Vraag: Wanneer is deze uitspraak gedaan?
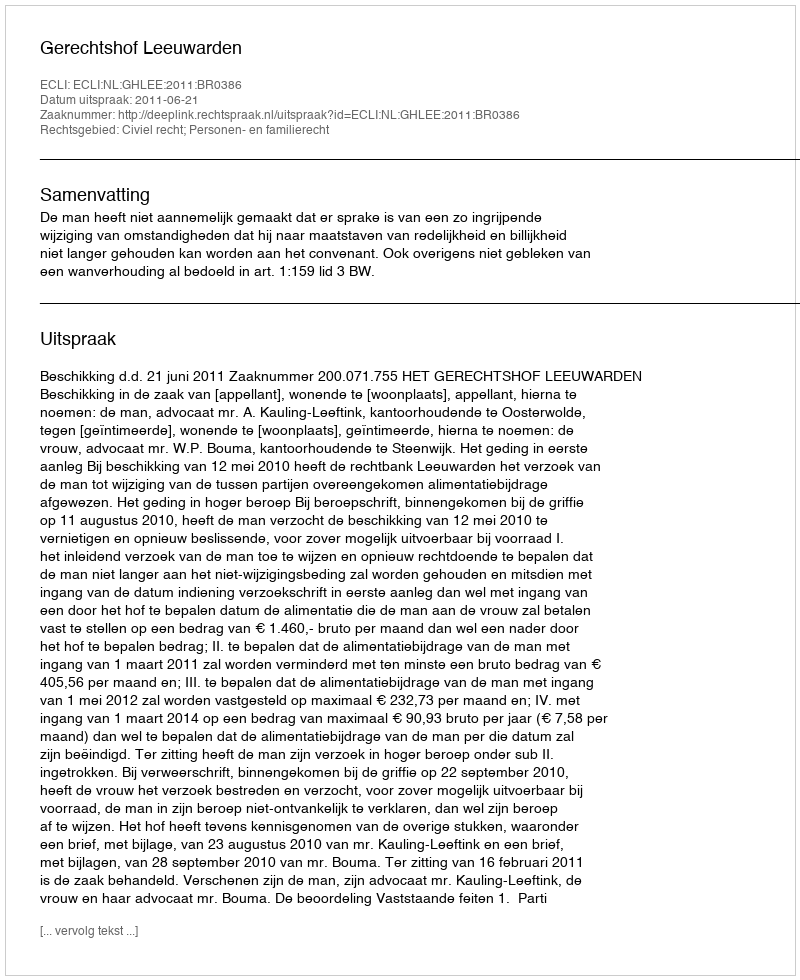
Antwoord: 2011-06-21